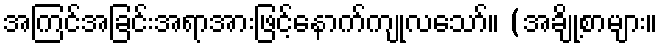
အကြင်အခြင်းအရာအားဖြင့်နောက်ကျုလသော်။ (အချို့စာများ။